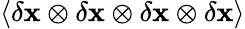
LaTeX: \langle\delta{\mathbf x}\otimes\delta{\mathbf x}\otimes\delta{\mathbf x}\otimes\delta{\mathbf x}\rangle